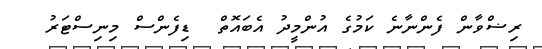
ރިޟްވާން ފެންނާނެ ކަމުގެ އުންމީދު އެބައޮތް  ޑިފެންސް މިނިސްޓަރު